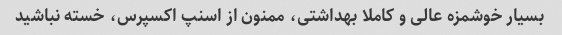
بسیار خوشمزه عالی و کاملا بهداشتی، ممنون از اسنپ اکسپرس، خسته نباشید